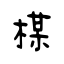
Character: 楳